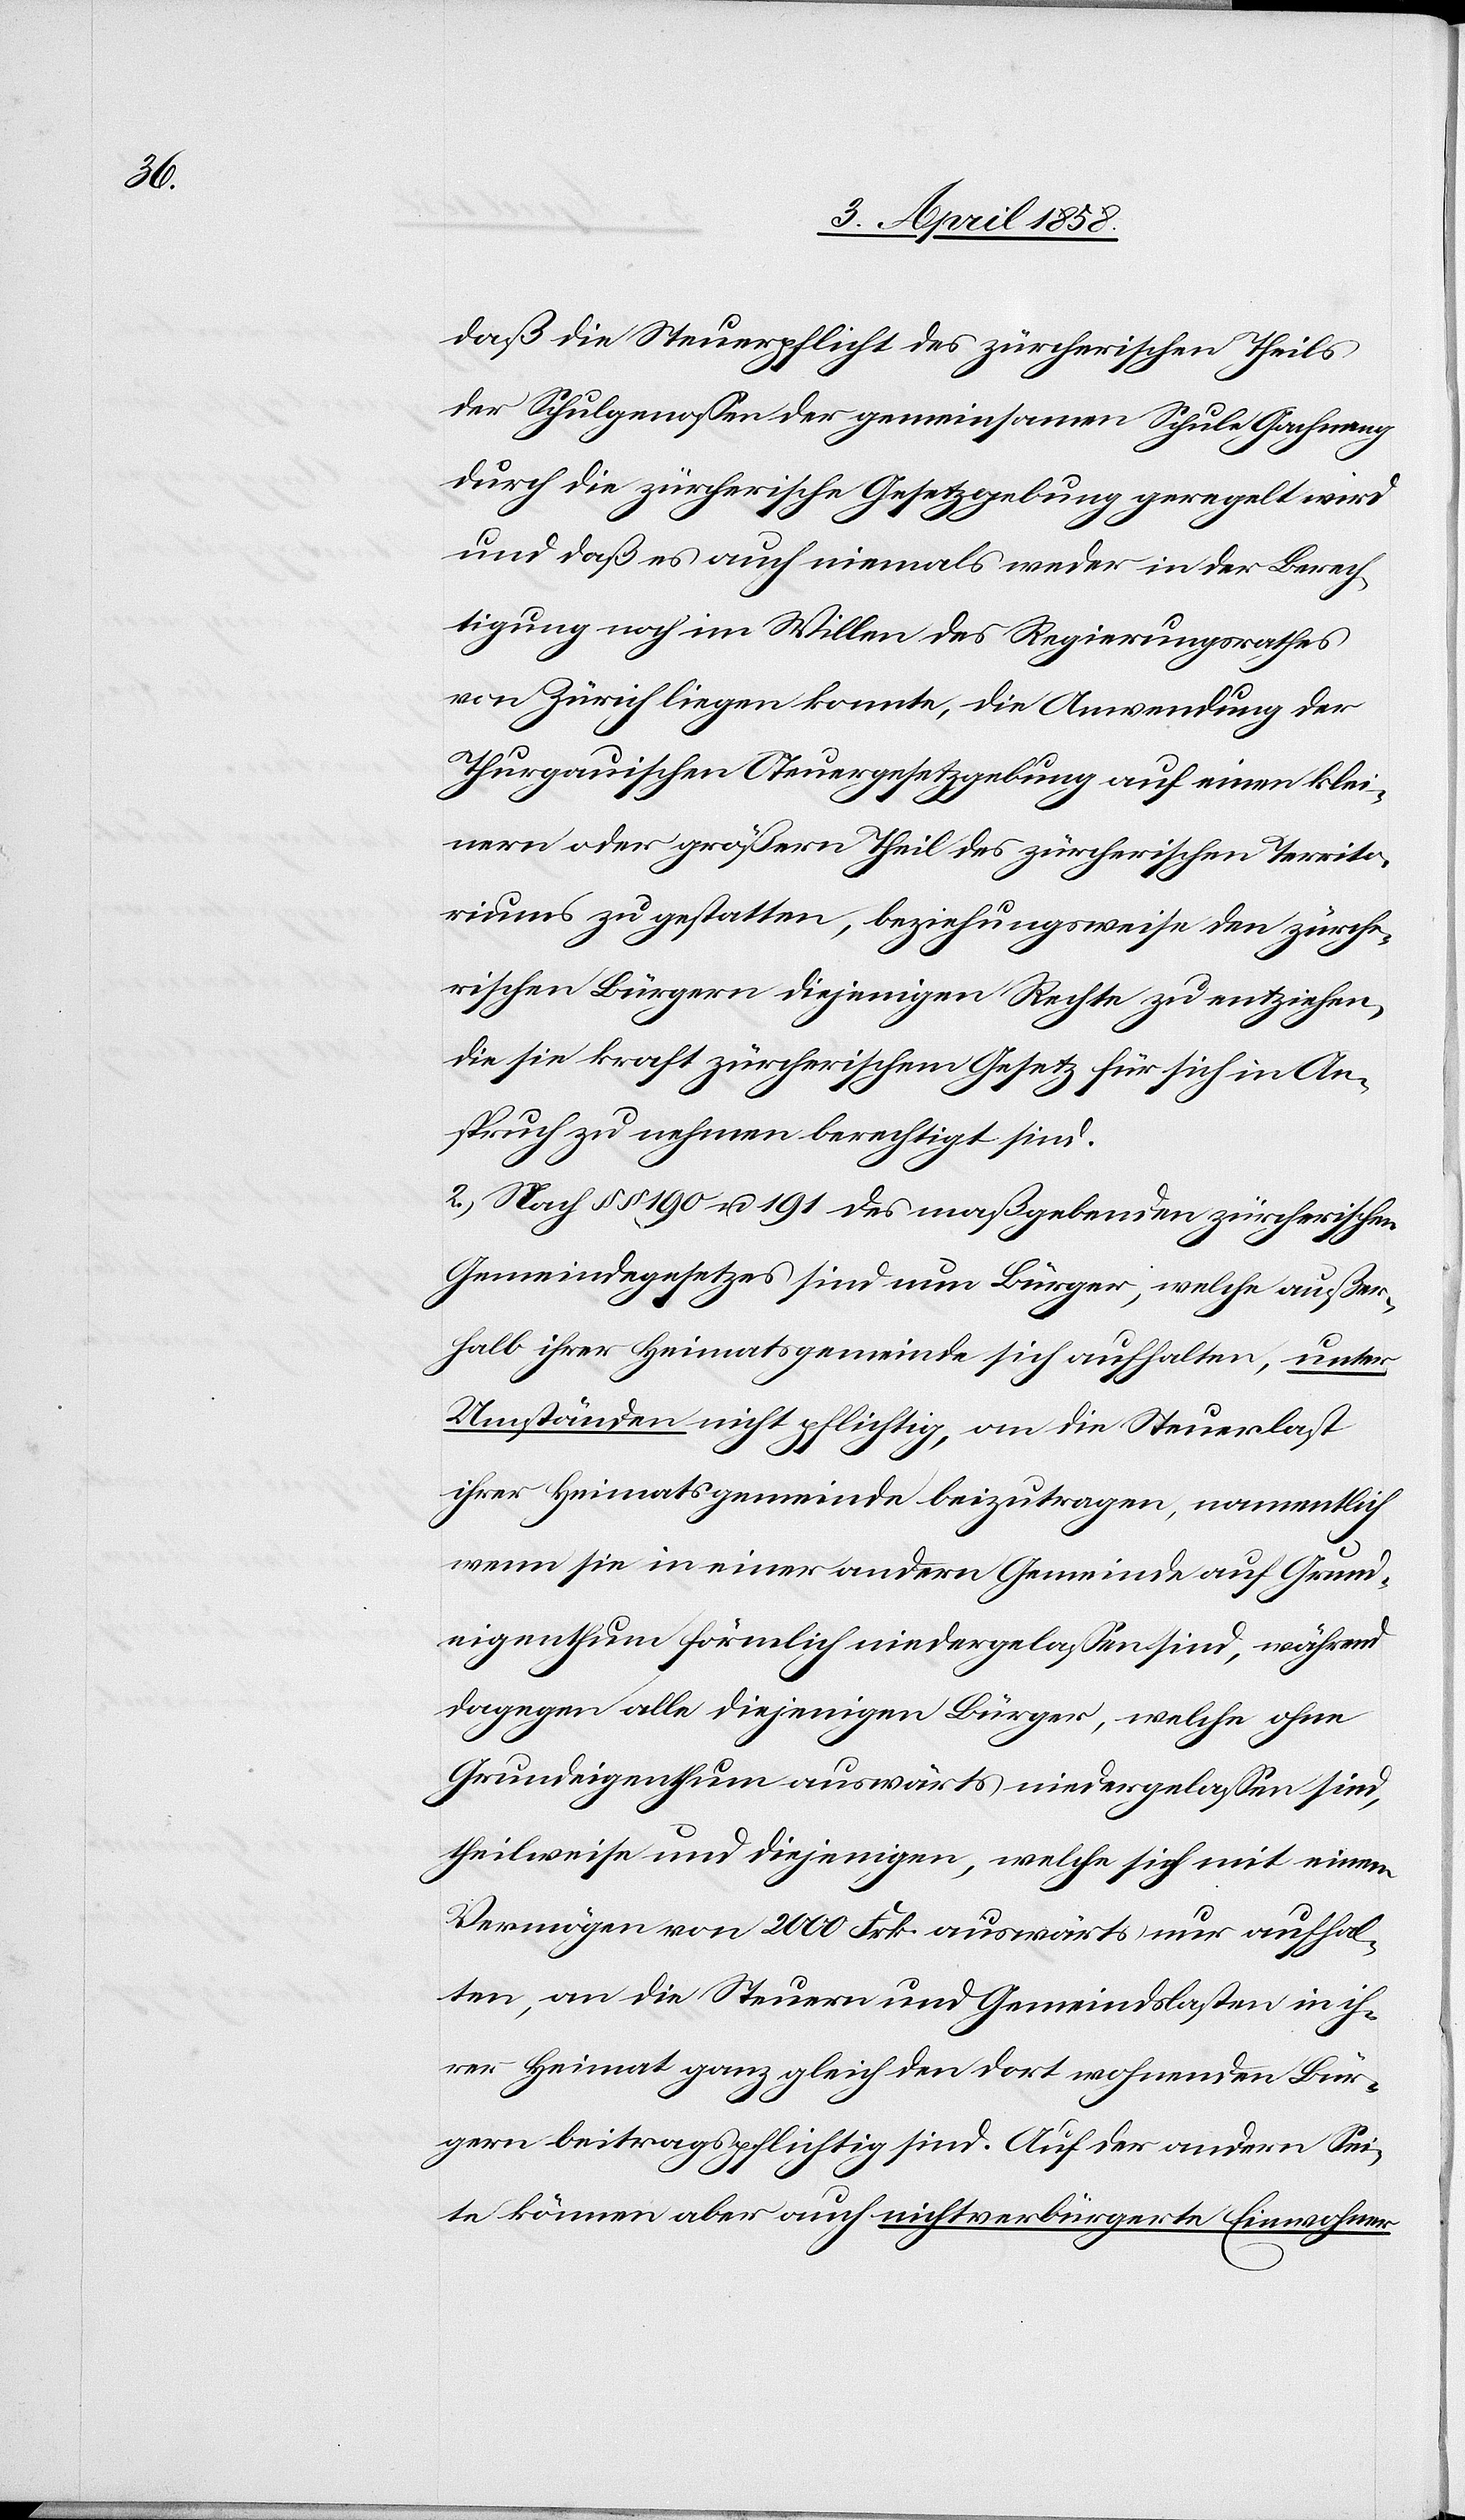
daß die Steuerpflicht des zürcherischen Theils
der Schulgenossen der gemeinsamen Schule Gachnang
durch die zürcherische Gesetzgebung geregelt wird
und daß es auch niemals weder in der Berech¬
tigung noch im Willen des Regierungsrathes
von Zürich liegen konnte, die Anwendung der
Thurgauischen Steuergesetzgebung auf einen klei¬
nen oder größern Theil des zürcherischen Territo¬
riums zu gestatten, beziehungsweise den zürche¬
rischen Bürgern diejenigen Rechte zu entziehen,
die sie kraft zürcherischem Gesetz für sich in An¬
spruch zu nehmen berechtigt sind.
2. Nach §§ 190 und 191 des maßgebenden zürcherischen
Gemeindegesetzes sind nun Bürger, welche außer¬
halb ihrer Heimatsgemeinde sich aufhalten, unter
Umständen nicht pflichtig, an die Steuerlast
ihrer Heimatsgemeinde beizutragen, namentlich
wenn sie in einer andern Gemeinde auf Grund¬
eigenthum förmlich niedergelassen sind, während
dagegen alle diejenigen Bürger, welche ohne
Grundeigenthum auswärts niedergelassen sind,
theilweise und diejenigen, welche sich mit einem
Vermögen von 2000 Frk. auswärts nur aufhal¬
ten, an die Steuern und Gemeindslasten in ih¬
rer Heimat ganz gleich den dort wohnenden Bür¬
gern beitragspflichtig sind. Auf der andern Sei¬
te können aber auch nichtverbürgerte Einwohner